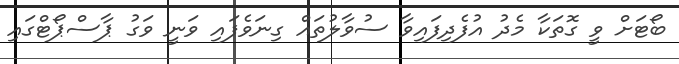
ބޯޓަށް ވީ ގޮތަކާ މެދު އުފެދިފައިވާ ސުވާލުތައް ގިނަވެފައި ވަނީ ވަގު ޕާސްޕޯޓްގައި